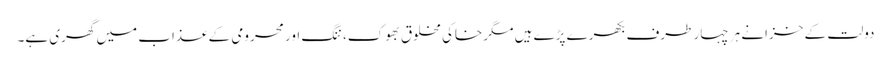
دولت کے خزانے ہر چہار طرف بکھرے پڑے ہیں مگر خاکی مخلوق بھوک، ننگ اور محرومی کے عذاب میں گھری ہے۔